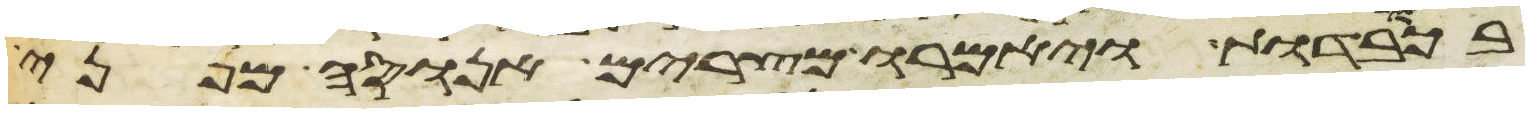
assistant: בכבודות ויאמרו מצרים אנוסה מפני